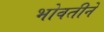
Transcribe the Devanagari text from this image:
भोवतीने